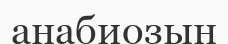
анабиозын